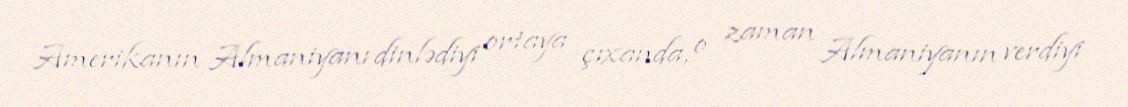
Amerikanın Almaniyanı dinlədiyi ortaya çıxanda, o zaman Almaniyanın verdiyi